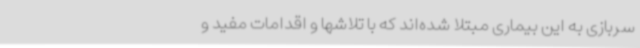
سربازی به این بیماری مبتلا شده‌اند که با تلاشها و اقدامات مفید و